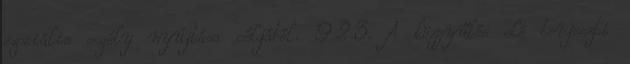
szociális segély nyújtása céljából. 9.2.3. A közgyűlés elé terjeszti